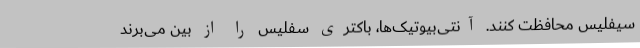
سیفلیس محافظت کنند. آنتی‌بیوتیک‌ها، باکتری سفلیس را از بین می‌برند